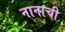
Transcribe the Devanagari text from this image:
नानाची